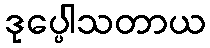
ဒုပ္ပေါသတာယ